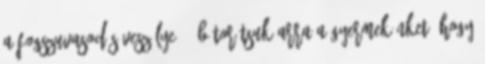
a fogszuvasodás veszélye . -bátorítsuk arra a gyermekünket, hogy